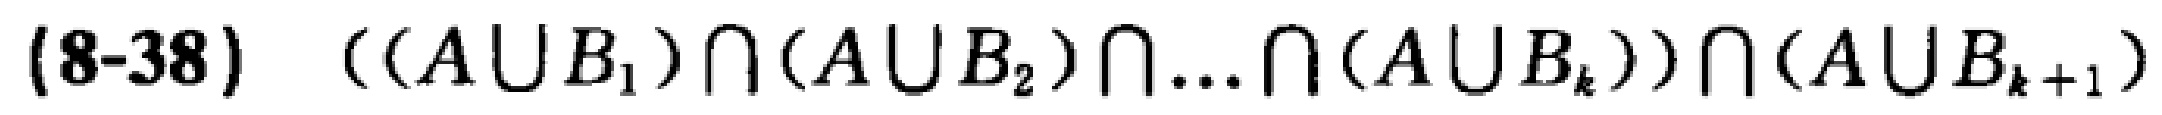
(8-38) \(((A\cup B_1)\cap(A\cup B_2)\cap\ldots\cap(A\cup B_k))\cap(A\cup B_{k + 1})\)